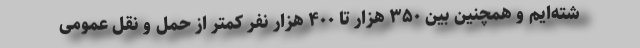
شته‌ایم و همچنین بین ۳۵۰ هزار تا ۴۰۰ هزار نفر کمتر از حمل و نقل عمومی